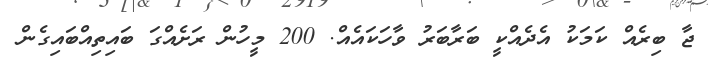
ޖާ ބިރެއް ކަމަކު އެދެއްކީ ބަރާބަރު ވާހަކައެއް. 200 މީހުން ރަށެއްގަ ބައިތިއްބައިގެން